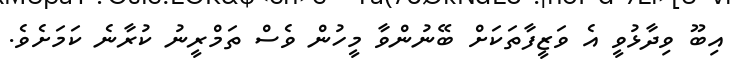
އިބޫ ވިދާޅުވީ އެ ވަޒީފާތަކަށް ބޭނުންވާ މީހުން ވެސް ތަމްރީނު ކުރާނެ ކަމަށެވެ.